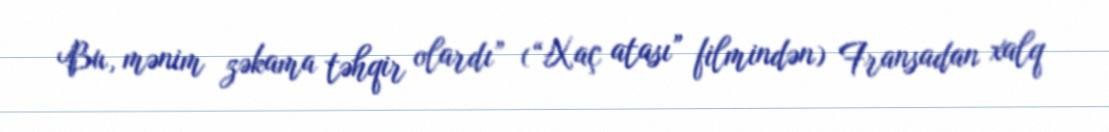
Bu, mənim zəkama təhqir olardı” (“Xaç atası” filmindən) Fransadan xalq